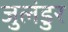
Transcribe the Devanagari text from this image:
जुलंडुर